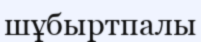
шұбыртпалы